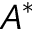
A ^ { * }